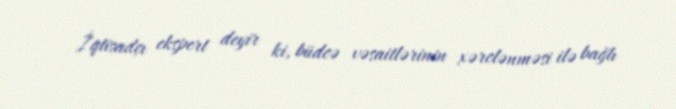
İqtisadçı ekspert deyir ki, büdcə vəsaitlərinin xərclənməsi ilə bağlı